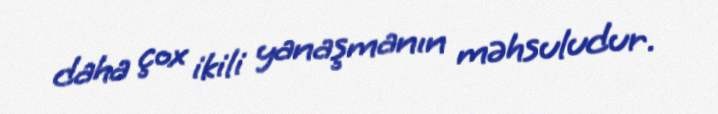
daha çox ikili yanaşmanın məhsuludur.